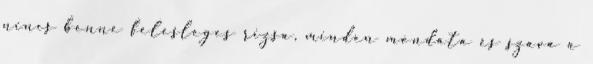
nincs benne felesleges rizsa, minden mondata és szava a